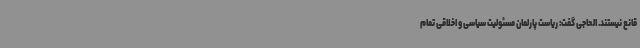
قانع نیستند. الحاجی گفت: ریاست پارلمان مسئولیت سیاسی و اخلاقی تمام